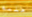
حلمة